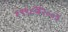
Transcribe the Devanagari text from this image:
१९९८व२००३